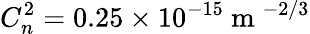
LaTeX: C_{n}^{2}=0.25\times 10^{-15}\mathrm{~m~}^{-2/3}